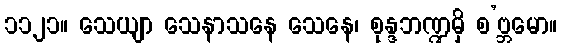
၁၁၂၁။ သေယျာ သေနာသနေ သေနေ၊ စုန္ဒဘဏ္ဍမှိ စ’ဗ္ဘမော။